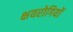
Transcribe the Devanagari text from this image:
क्षयरोगियों